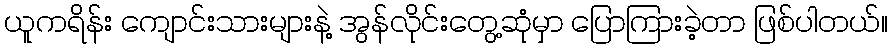
ယူကရိန်း ကျောင်းသားများနဲ့ အွန်လိုင်းတွေ့ဆုံမှာ ပြောကြားခဲ့တာ ဖြစ်ပါတယ်။